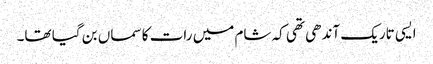
ایسی تاریک آندھی تھی کہ شام میں رات کا سماں بن گیا تھا۔